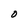
Character: O